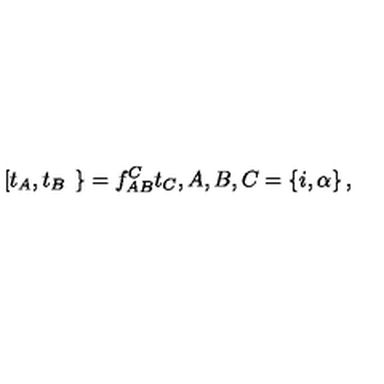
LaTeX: \left[ t _ { A } , t _ { B } \right. \left. \right\} = f _ { A B } ^ { C } t _ { C } , A , B , C = \left\{ i , \alpha \right\} ,